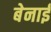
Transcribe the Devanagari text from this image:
बेनाई